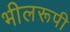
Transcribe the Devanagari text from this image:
भीलरूपी